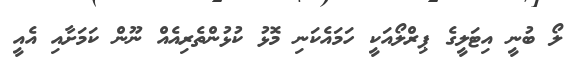
ލޯ ބުނީ އިޓަލީގެ ޕިރްލޯއަކީ ހަމައެކަނި މޮޅު ކުޅުންތެރިއެއް ނޫން ކަމަށާއި އެއީ